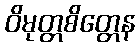
ဝိမုတ္တစိတ္တေန